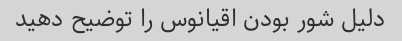
دلیل شور بودن اقیانوس را توضیح دهید